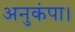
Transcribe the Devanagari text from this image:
अनुकंपा।